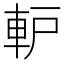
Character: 䡎